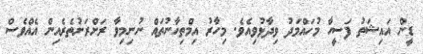
ޑީން އައިޝަތު ފަސީހާ މުހައްމަދު ވިދާޅުވިއެވެ. މިހާރު އިމްތިހާނުތައް ނުނިމިވާ ރަށްރަށުތެރެއިން އެއްވެސް